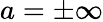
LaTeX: a=\pm\infty